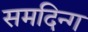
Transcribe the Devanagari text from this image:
समदिन्ग